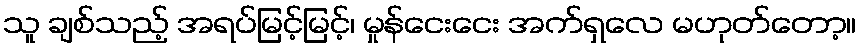
သူ ချစ်သည့် အရပ်မြင့်မြင့်၊ မှုန်ငေးငေး အက်ရှလေ မဟုတ်တော့။